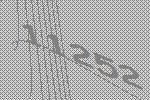
11252